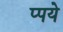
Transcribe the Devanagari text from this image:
प्पये